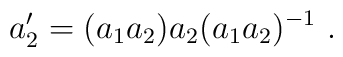
a'_2 = (a_1 a_2 ) a_2 (a_1 a_2)^{-1} ~.